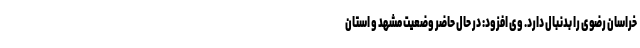
خراسان رضوی را بدنبال دارد. وی افزود: در حال حاضر وضعیت مشهد و استان